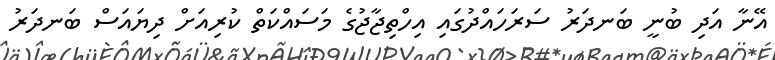
އޭނާ އަދި ބުނީ ބަނދަރު ސަރަހައްދުގައި އިހްތިޖާޖުގެ މަސައްކަތް ކުރިއަށް ދިޔައަސް ބަނދަރު